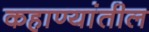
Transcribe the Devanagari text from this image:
कहाण्यांतील